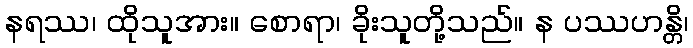
နရဿ၊ ထိုသူအား။ စောရာ၊ ခိုးသူတို့သည်။ န ပဿဟန္တိ၊